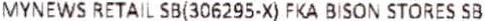
MYNEWS RETAIL SB(306295-X) FKA BISON STORES SB